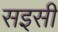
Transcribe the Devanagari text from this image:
सइसी